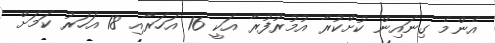
އެންމެ ގިނައިން ކުށްކުރާ އުމުރުފުރާ އަކީ 16 އަހަރާއި 18 އަހަރު ކަމަށް